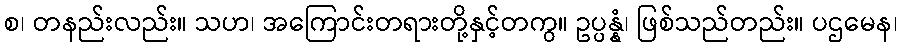
စ၊ တနည်းလည်း။ သဟ၊ အကြောင်းတရားတို့နှင့်တကွ။ ဥပ္ပန္နံ၊ ဖြစ်သည်တည်း။ ပဌမေန၊